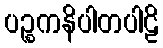
ပဉ္စကနိပါတပါဠိ